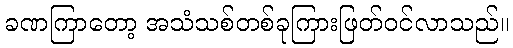
ခဏကြာတော့ အသံသစ်တစ်ခုကြားဖြတ်ဝင်လာသည်။